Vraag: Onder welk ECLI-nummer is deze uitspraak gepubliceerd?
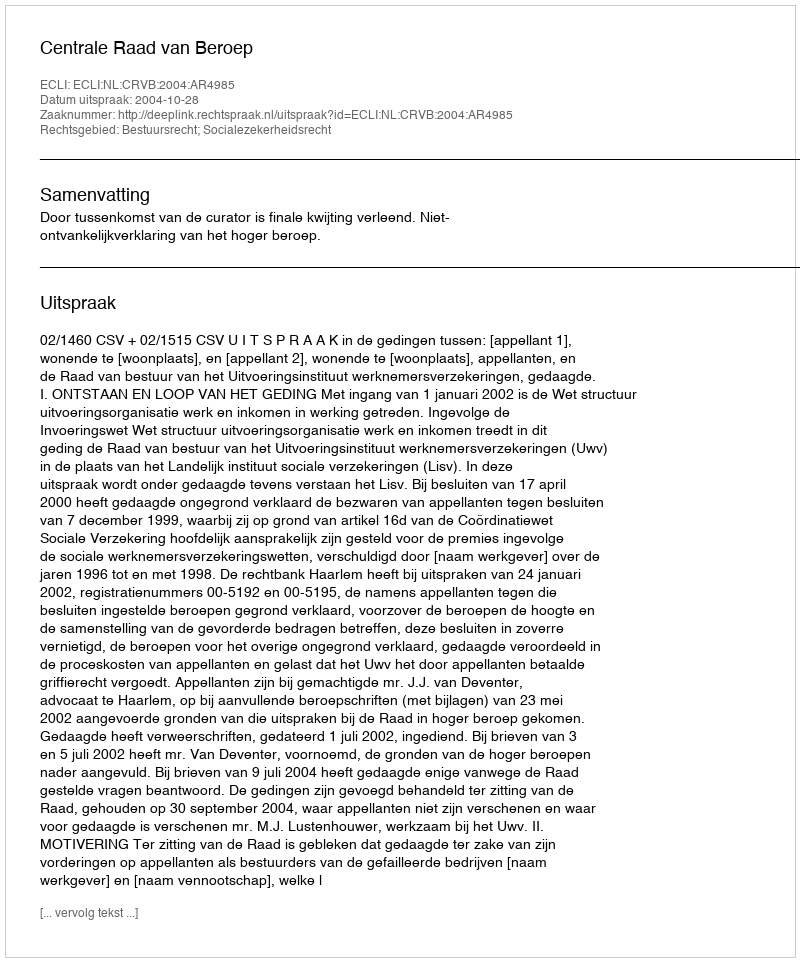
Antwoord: ECLI:NL:CRVB:2004:AR4985